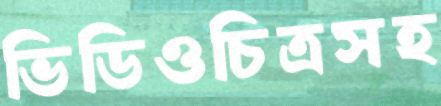
ভিডিওচিত্রসহ